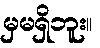
မှမရှိဘူး။